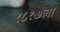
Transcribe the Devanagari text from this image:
१८१७ला